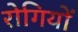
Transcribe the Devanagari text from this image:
रोगियों